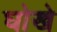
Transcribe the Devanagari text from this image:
घोखे